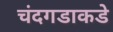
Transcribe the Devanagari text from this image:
चंदगडाकडे